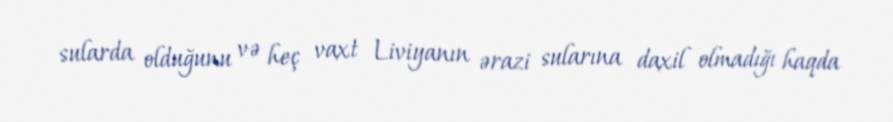
sularda olduğunu və heç vaxt Liviyanın ərazi sularına daxil olmadığı haqda